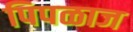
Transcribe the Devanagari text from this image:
पिपळाज